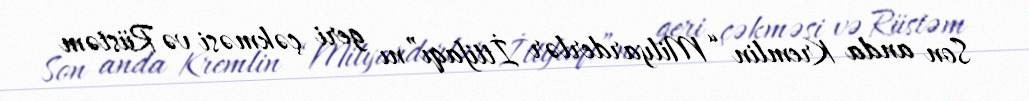
Son anda Kremlin “Milyarderlər İttifaqı”nı geri çəkməsi və Rüstəm